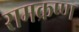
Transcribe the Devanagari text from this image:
रामक्रष्ण